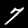
Digit: 7